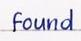
found